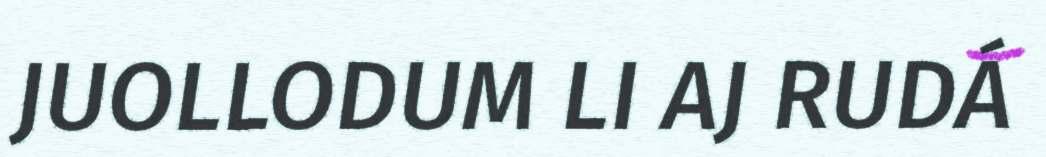
JUOLLODUM LI AJ RUDÁ